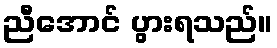
ညီအောင် ပွားရသည်။